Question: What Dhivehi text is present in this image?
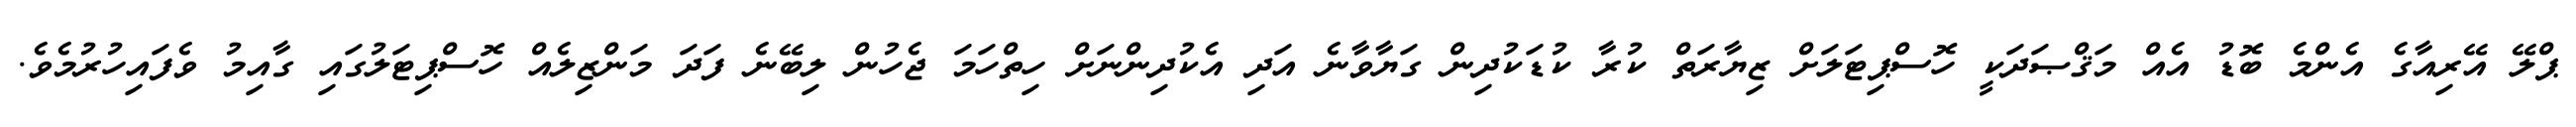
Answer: ޕްލޭ އޭރިއާގެ އެންމެ ބޮޑު އެއް މަޤްޞަދަކީ ހޮސްޕިޓަލަށް ޒިޔާރަތް ކުރާ ކުޑަކުދިން ގަޔާވާނެ އަދި އެކުދިންނަށް ހިތްހަމަ ޖެހުން ލިބޭނެ ފަދަ މަންޒިލެއް ހޮސްޕިޓަލުގައި ގާއިމު ވެފައިހުރުމެވެ.